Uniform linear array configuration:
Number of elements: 4
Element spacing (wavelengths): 0.25
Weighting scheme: hann
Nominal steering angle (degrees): -60
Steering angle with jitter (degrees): -59.924
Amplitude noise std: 0.05
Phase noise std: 0.05

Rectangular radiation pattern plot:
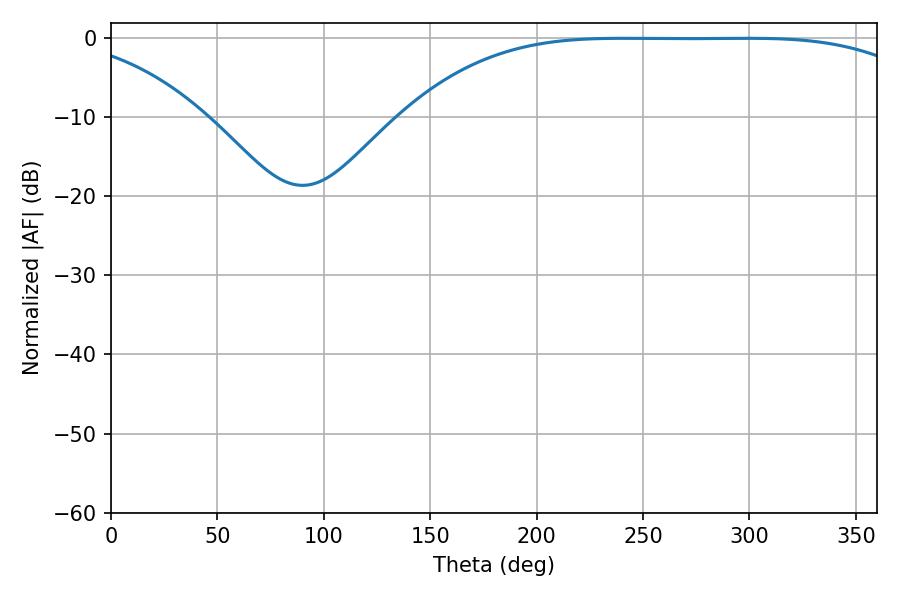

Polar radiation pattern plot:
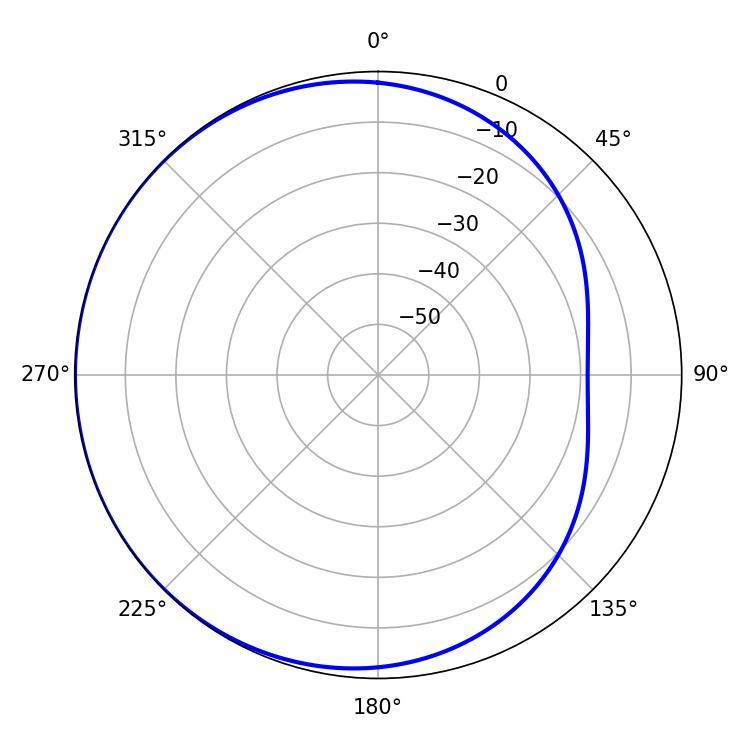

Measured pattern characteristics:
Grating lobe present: FALSE
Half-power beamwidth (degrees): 187.38
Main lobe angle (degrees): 240.84